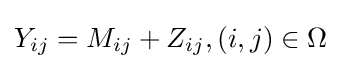
Y_{ij}=M_{ij}+Z_{ij},(i,j)\in \Omega